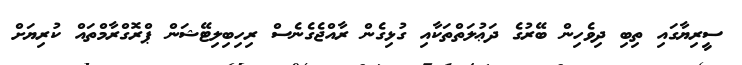
ސީރިޔާގައި ތިބި ދިވެހިން ބޭރުގެ ދަޢުލަތްތަކާއި ގުޅިގެން ރާއްޖެގެނެސް ރިހިބިލިޓޭޝަން ޕްރޮގްރާމްތައް ކުރިޔަށް